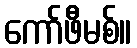
ကော်ဖီမစ်။